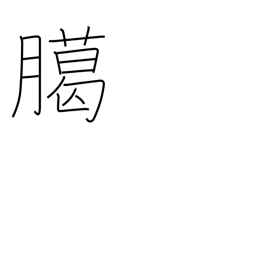
Meaning: year-end sacrifice